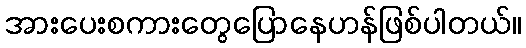
အားပေးစကားတွေပြောနေဟန်ဖြစ်ပါတယ်။